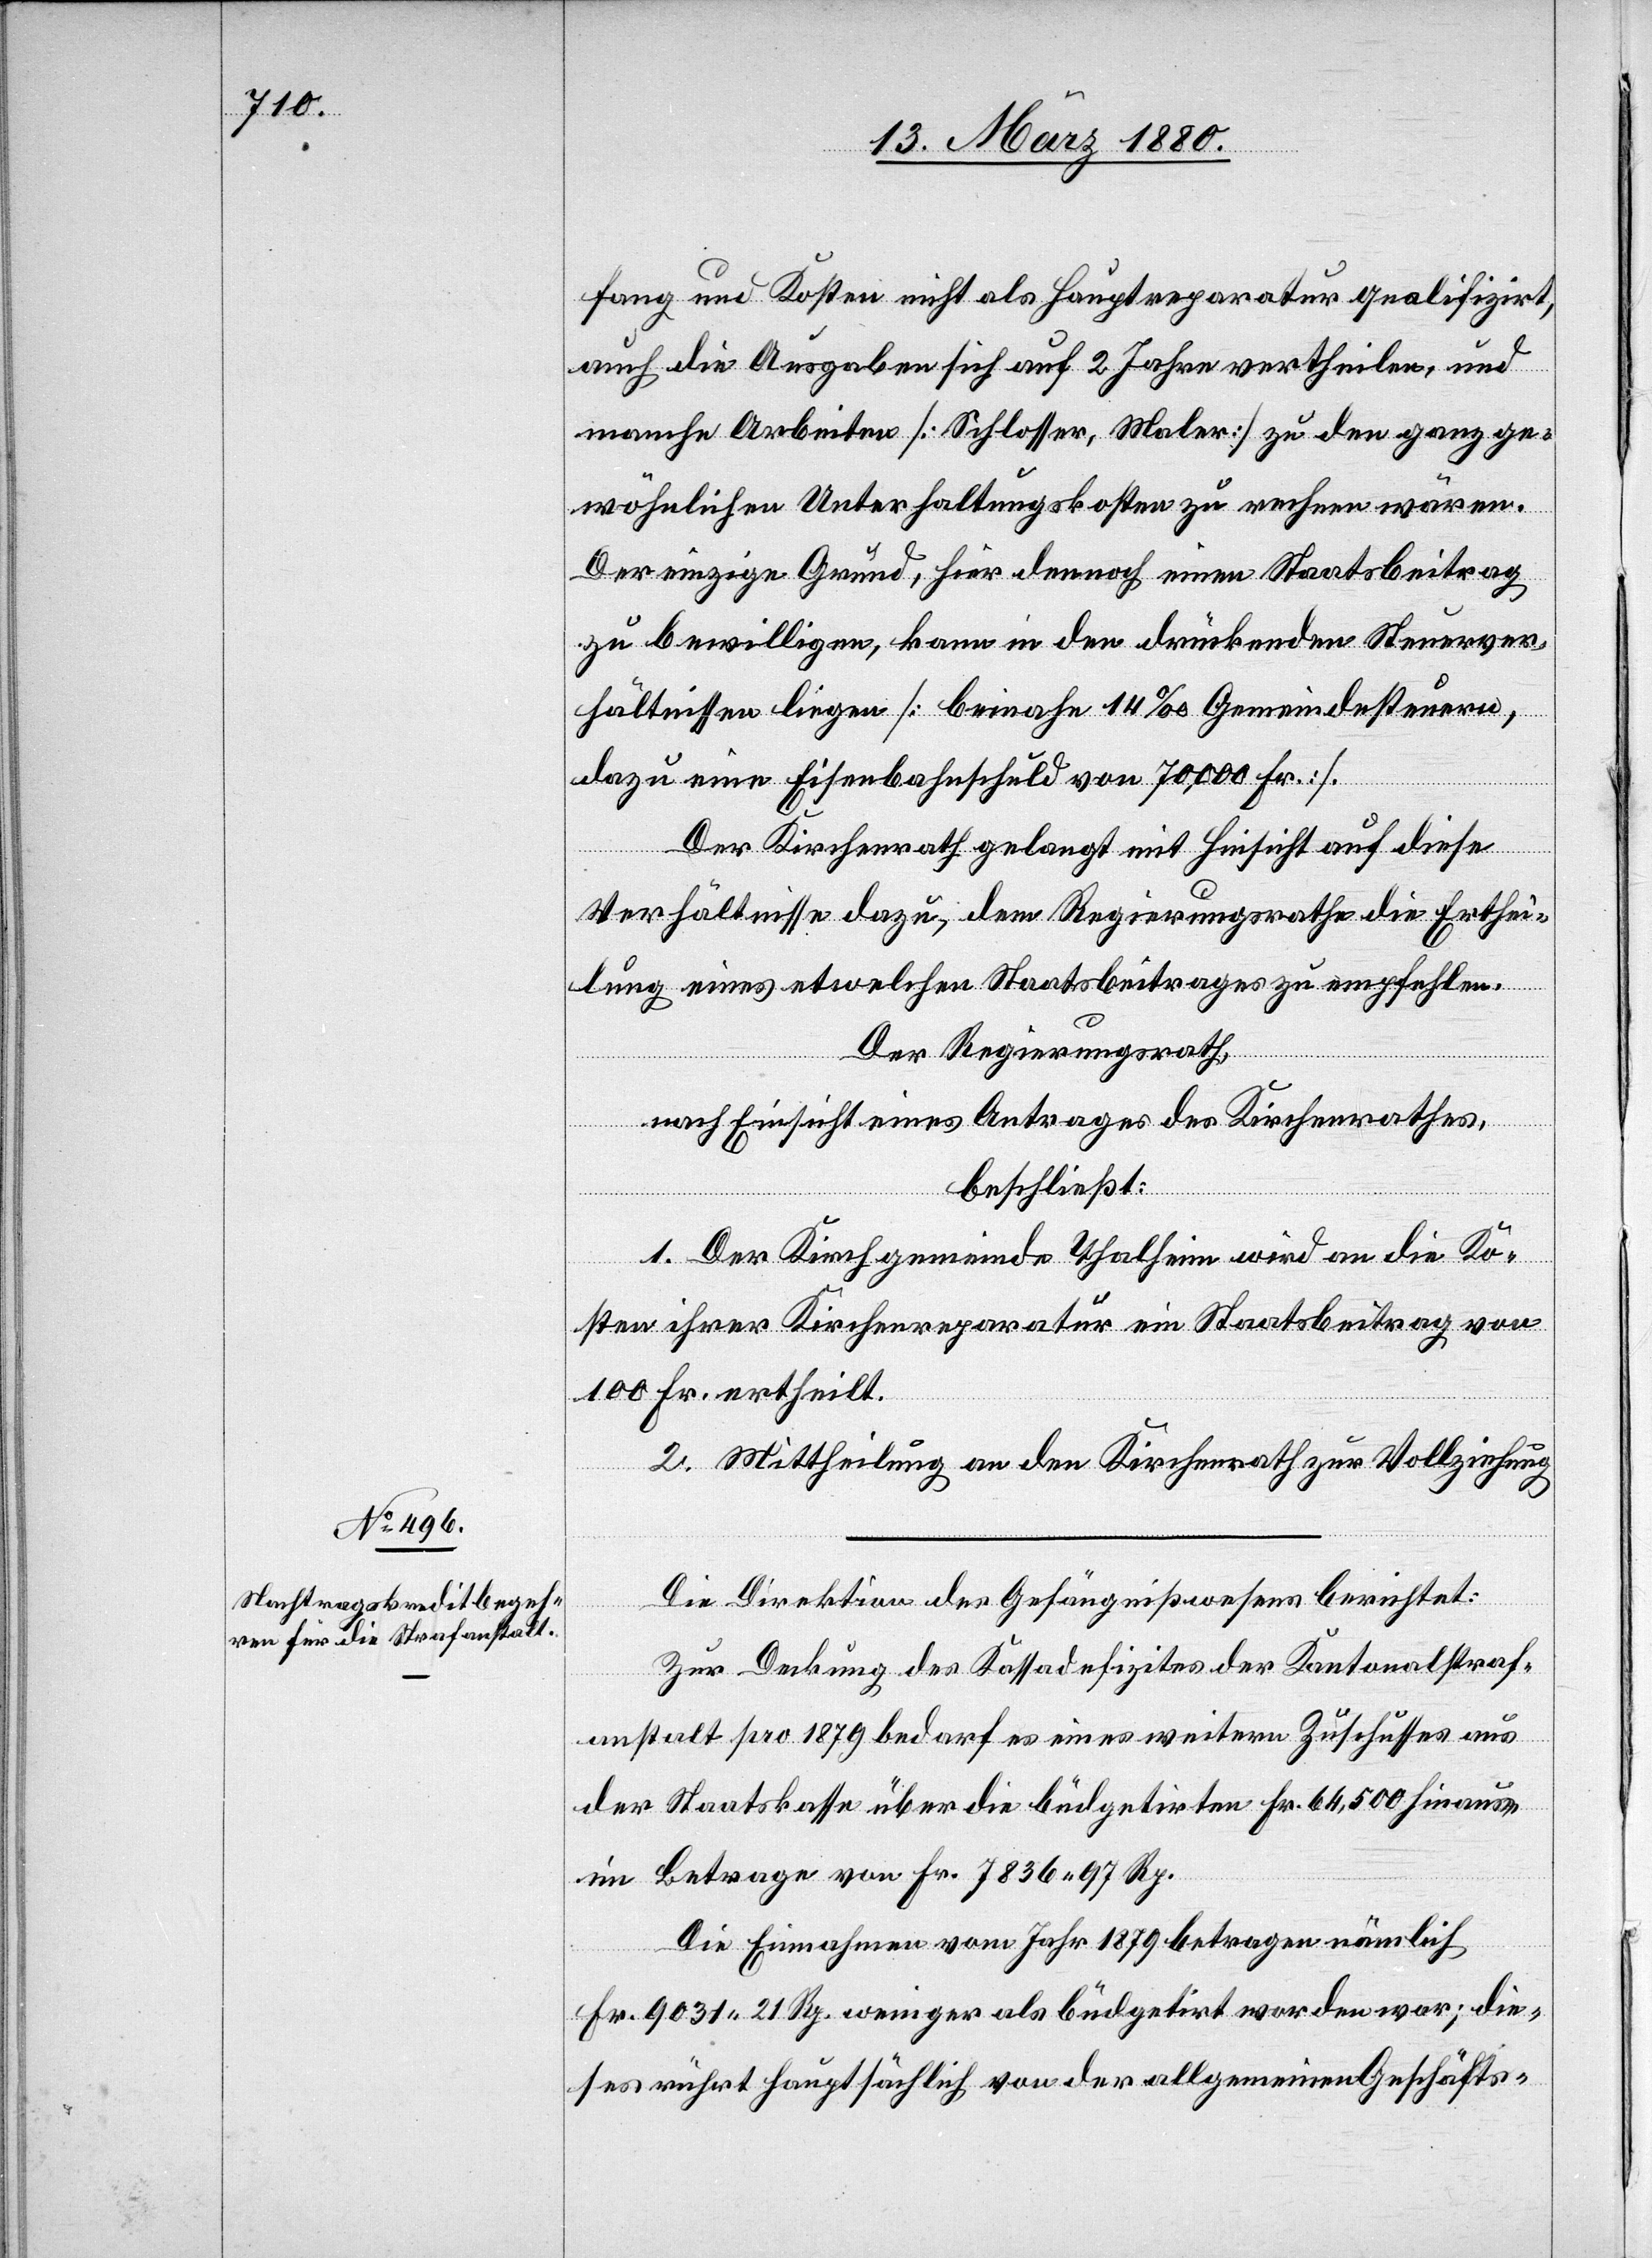
fang und Kosten nicht als Hauptreparatur qualifizirt,
auch die Ausgaben sich auf 2 Jahre vertheilen, und
manche Arbeiten [Schlosser, Maler] zu den ganz ge¬
wöhnlichen Unterhaltungskosten zu rechnen wären.
Der einzige Grund, hier dennoch einen Staatsbeitrag
zu bewilligen, kann in den drückenden Steuerver¬
hältnissen liegen [beinahe 14 ‰ Gemeindesteuern,
dazu eine Eisenbahnschuld von 70, 000 Fr.].
Der Kirchenrath gelangt mit Hinsicht auf diese
Verhältnisse dazu, dem Regierungsrathe die Erthei¬
lung eines etwelchen Staatsbeitrages zu empfehlen.
Der Regierungsrath,
nach Einsicht eines Antrages des Kirchenrathes,
beschließt:
1. Der Kirchgemeinde Thalheim wird an die Ko¬
sten ihrer Kirchenreparatur ein Staatsbeitrag von
100 Fr. ertheilt.
2. Mittheilung an den Kirchenrath zur Vollziehung.
Die Direktion der Gefängnißwesen berichtet:
Zur Deckung des Kassadefizites der Kantonalstraf¬
anstalt pro 1879 bedarf es eines weitern Zuschusses aus
der Staatskasse über die büdgetirten Fr. 64, 500 hinaus
im Betrage von Fr. 7836 97 Rp.
Die Einnahmen vom Jahr 1879 betragen nämlich
Fr. 9031 21 Rp. weniger als büdgetirt worden war; die¬
ses rührt hauptsächlich von der allgemeinen Geschäfts-